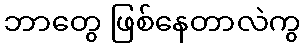
ဘာတွေ ဖြစ်နေတာလဲကွ